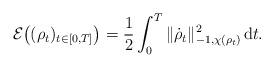
LaTeX: \begin{align*} \mathcal E\bigl((\rho_t)_{t\in[0,T]}\bigr) = \frac 12\int_0^T \|\dot\rho_t\|_{-1,\chi(\rho_t)}^2 \;\!\mathrm dt. \end{align*}